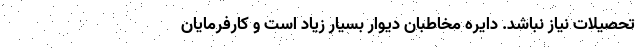
تحصیلات نیاز نباشد. دایره مخاطبان دیوار بسیار زیاد است و کارفرمایان